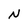
Character: N